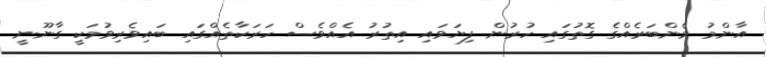
އާންމު މެންބަރެއްގެ ގޮތުގައި ހުރުން ފިޔަވައި އިތުރު އެއްވެސް ހަރަކާތެއްގައި ބައިވެރިވުމަކީ ގާނޫނީ